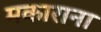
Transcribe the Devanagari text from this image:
मकाराना